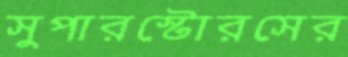
সুপারস্টোরসের